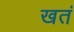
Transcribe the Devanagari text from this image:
खतं